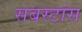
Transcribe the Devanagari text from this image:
सबस्टांस